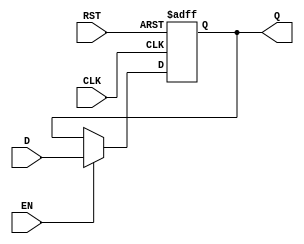
module BarrierRegister #(
    parameter WIDTH = 8  // Parameterizable width for the data input/output
)(
    input  wire [WIDTH-1:0] D,    // Data Input
    input  wire CLK,                // Clock
    input  wire EN,                 // Enable
    input  wire RST,                // Asynchronous Reset
    output reg  [WIDTH-1:0] Q       // Data Output
);

    // Asynchronous Reset and synchronous data capture
    always @(posedge CLK or posedge RST) begin
        if (RST) begin
            Q <= {WIDTH{1'b0}};       // Clear the register to zero on reset
        end else if (EN) begin
            Q <= D;                   // Capture data on enable
        end
        // If EN is low, Q retains its previous value
    end

endmodule